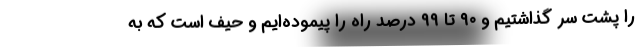
را پشت سر گذاشتیم و ۹۰ تا ۹۹ درصد راه را پیموده‌ایم و حیف است که به